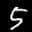
Label: 5